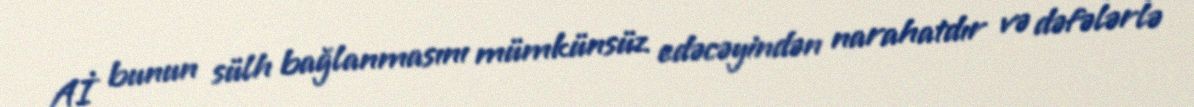
Aİ bunun sülh bağlanmasını mümkünsüz edəcəyindən narahatdır və dəfələrlə